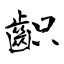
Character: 齞